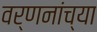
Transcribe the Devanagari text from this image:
वर्णनांच्या